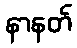
နာနတ်